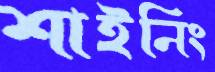
শাইনিং